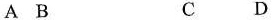
A B C D